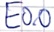
Text: E0.0